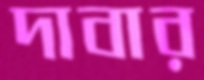
দাবার